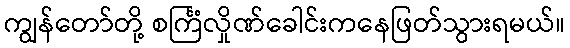
ကျွန်တော်တို့ စင်္ကြံလှိုဏ်ခေါင်းကနေဖြတ်သွားရမယ်။